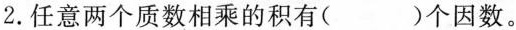
2.任意两个质数相乘的积有( )个因数。